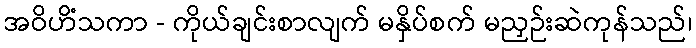
အဝိဟိံသကာ - ကိုယ်ချင်းစာလျက် မနှိပ်စက် မညှဉ်းဆဲကုန်သည်၊